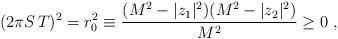
LaTeX: \begin{align*}(2 \pi S\, T)^2 = r_0^2\equiv {(M^2- |z_1|^2) (M^2- |z_2|^2)\over M^2} \geq0 \ ,\end{align*}